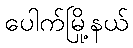
ပေါက်မြို့နယ်